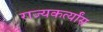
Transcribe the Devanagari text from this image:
राज्यकर्त्यांस